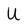
Character: U